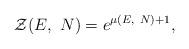
LaTeX: \begin{align*}\mathcal{Z}(E,\ N) = e^{\mu(E,\ N) + 1},\end{align*}